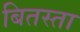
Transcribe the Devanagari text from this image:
बितस्ता